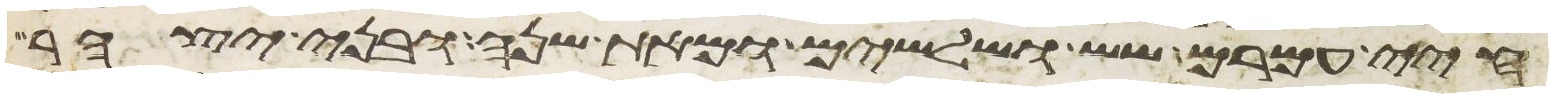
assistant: חיי עמרם שש ושלשים ומאת שנה ובני יצהר